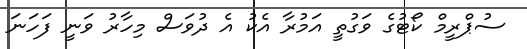
ސުޕްރީމް ކޯޓުގެ ވަގުތީ އަމުރާ އެކު އެ ދުވަސް މިހާރު ވަނީ ފަހަނަ